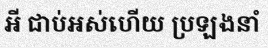
អី ជាប់អស់ហើយ ប្រឡងនាំ